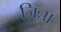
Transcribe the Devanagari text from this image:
ज़िन्ना